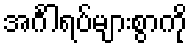
အင်္ဂါရပ်များစွာကို